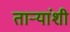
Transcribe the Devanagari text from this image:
ताऱ्यांशी